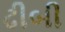
ઢીબી